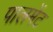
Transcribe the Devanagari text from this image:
पालमेंट